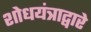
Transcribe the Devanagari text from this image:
शोधयंत्राद्वारे